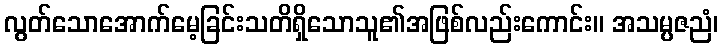
လွတ်သောအောက်မေ့ခြင်းသတိရှိသောသူ၏အဖြစ်လည်းကောင်း။ အသမ္ပဇညံ၊